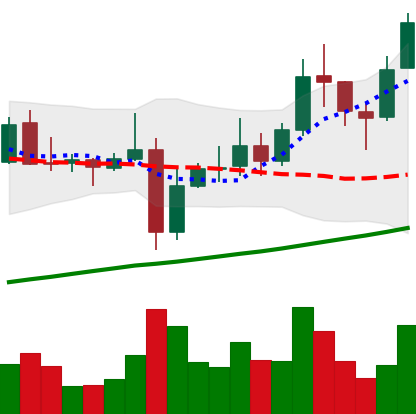
Ticker: XRP-USD
Chart end date: 2021-11-08
Forward return: -7.052%
Label: down_7plus